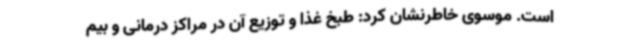
است. موسوی خاطرنشان کرد: طبخ غذا و توزیع آن در مراکز درمانی و بیم